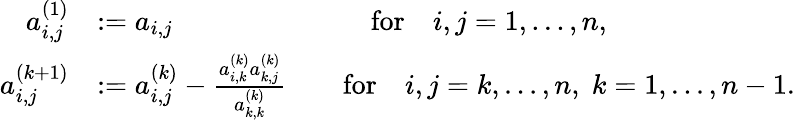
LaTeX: \begin{array}{rl}{a_{i,j}^{(1)}}&{:=a_{i,j}\qquad\qquad\qquad\quad\mathrm{for}\quad i,j=1,...,n,}\\ {a_{i,j}^{(k+1)}}&{:=a_{i,j}^{(k)}-\frac{a_{i,k}^{(k)}a_{k,j}^{(k)}}{a_{k,k}^{(k)}}\qquad\mathrm{for}\quad i,j=k,...,n,\; k=1,...,n-1.}\end{array}